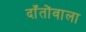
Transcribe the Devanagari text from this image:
दाँतोंवाला